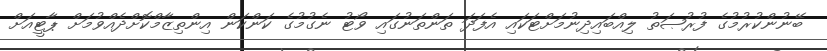
ބޭނުންކުރުމުގެ ފުރުޞަތު ލިއްބައިދިނުމަށްޓަކައި އެފަދަ ތަންތަނުގައި ވޯޓު ނެގުމުގެ ކަންކަން އިންތިޒާމްކޮށްދެއްވުމަށް ޕާޓީއަށް